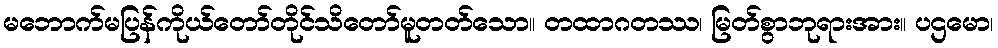
မဘောက်မပြန်ကိုယ်တော်တိုင်သိတော်မူတတ်သော။ တထာဂတဿ၊ မြတ်စွာဘုရားအား။ ပဌမော၊